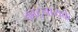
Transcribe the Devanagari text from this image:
काटुनायके